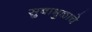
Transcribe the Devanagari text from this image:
सुबाभुळाचे